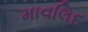
માવલિદ